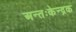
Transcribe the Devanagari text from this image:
अन्तःकेन्द्रक